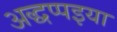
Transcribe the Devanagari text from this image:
अद्धप्पइया